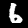
Digit: 6